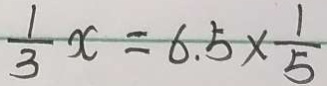
\frac { 1 } { 3 } x = 6 . 5 \times \frac { 1 } { 5 }